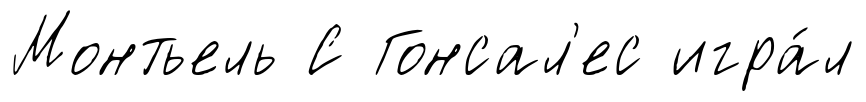
Монтьель С Гонсал'ес игра́л